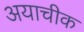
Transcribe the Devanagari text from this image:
अयाचीक